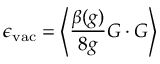
\epsilon _ { \mathrm { v a c } } = \left< \frac { \beta ( g ) } { 8 g } G \cdot G \right>